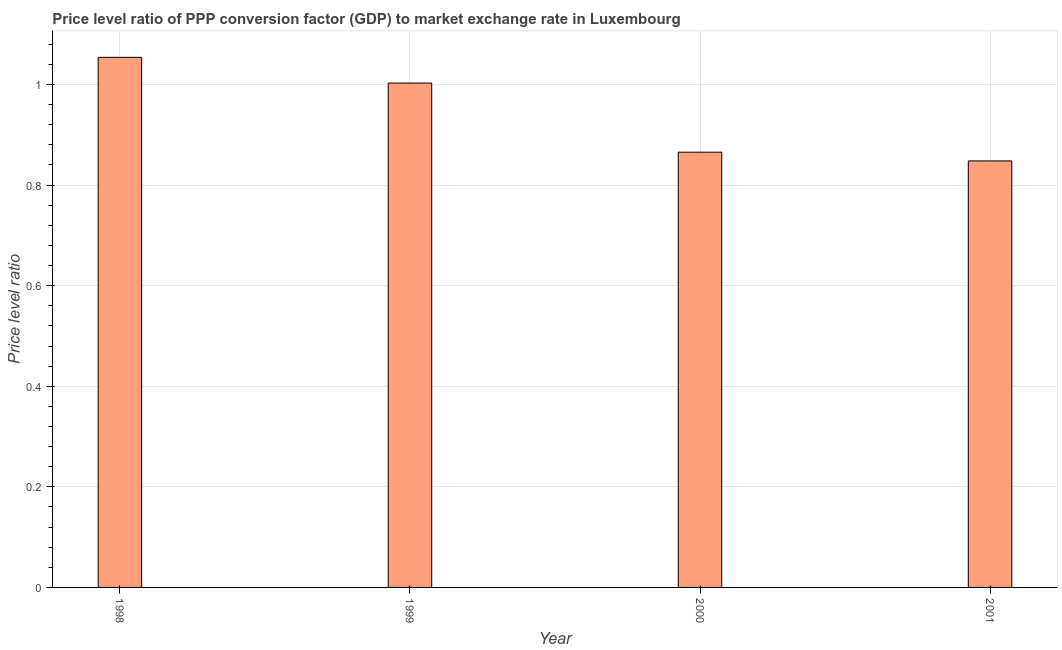
| Year | Price level ratio |
 | --- | --- |
 | 1998 | 1.05 |
 | 1999 | 1 |
 | 2000 | 0.865 |
 | 2001 | 0.848 |